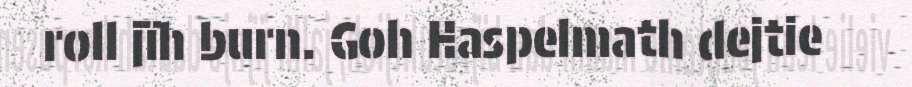
roll jïh burn. Goh Haspelmath dejtie